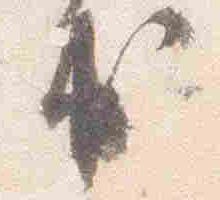
出